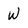
Character: W